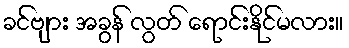
ခင်ဗျား အခွန် လွတ် ရောင်းနိုင်မလား။